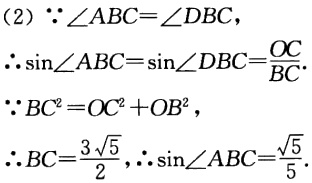
(2) $\because\angle ABC = \angle DBC$,

$\therefore\sin\angle ABC=\sin\angle DBC=\frac{OC}{BC}$.

$\because BC^{2}=OC^{2}+OB^{2}$,

$\therefore BC = \frac{3\sqrt{5}}{2}$, $\therefore\sin\angle ABC=\frac{\sqrt{5}}{5}$.